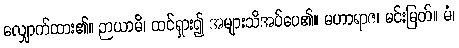
လျှောက်ထား၏။ ဉာယာမိ၊ ထင်ရှား၍ အများသိအပ်ပေ၏။ မဟာရာဇ၊ မင်းမြတ်။ မံ၊